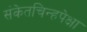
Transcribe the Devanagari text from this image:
संकेतचिन्हपेक्षा